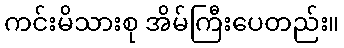
ကင်းမိသားစု အိမ်ကြီးပေတည်း။